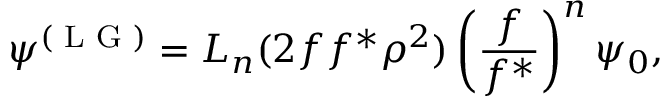
\psi ^ { ( \textrm { L G } ) } = L _ { n } ( 2 f f ^ { * } \rho ^ { 2 } ) \left( \frac { f } { f ^ { * } } \right) ^ { n } \psi _ { 0 } ,